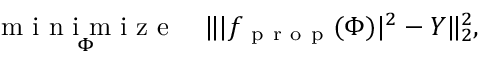
\underset { \Phi } { \mathrm { ~ m ~ i ~ n ~ i ~ m ~ i ~ z ~ e ~ } } \quad \| | f _ { \mathrm { ~ p ~ r ~ o ~ p ~ } } ( \Phi ) | ^ { 2 } - Y \| _ { 2 } ^ { 2 } ,